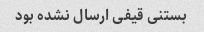
بستنی قیفی ارسال نشده بود